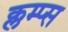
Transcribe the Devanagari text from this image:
क्लम्प्स